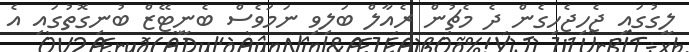
ލީގުގައި ޖެހިޖެހިގެން ދެ މެޗުން ރެއާލް ބަލިވި ނަމަވެސް ބެނީޓޭޒް ބުނިގޮތުގައި އެ